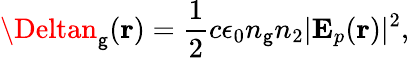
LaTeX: \Deltan_{\mathsf{g}}(\mathbf{{r}})=\frac{{1}}{{2}}c\epsilon_{0}n_{\mathsf{g}}n_{2}\vert\mathbf{{E}}_{p}(\mathbf{{r}})\vert^{2},